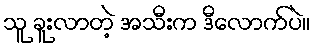
သူ ခူးလာတဲ့ အသီးက ဒီလောက်ပဲ။